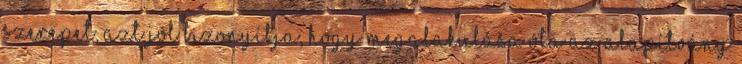
szerepet, azt jól bizonyítja, hogy megalakulása óta az alapítvány